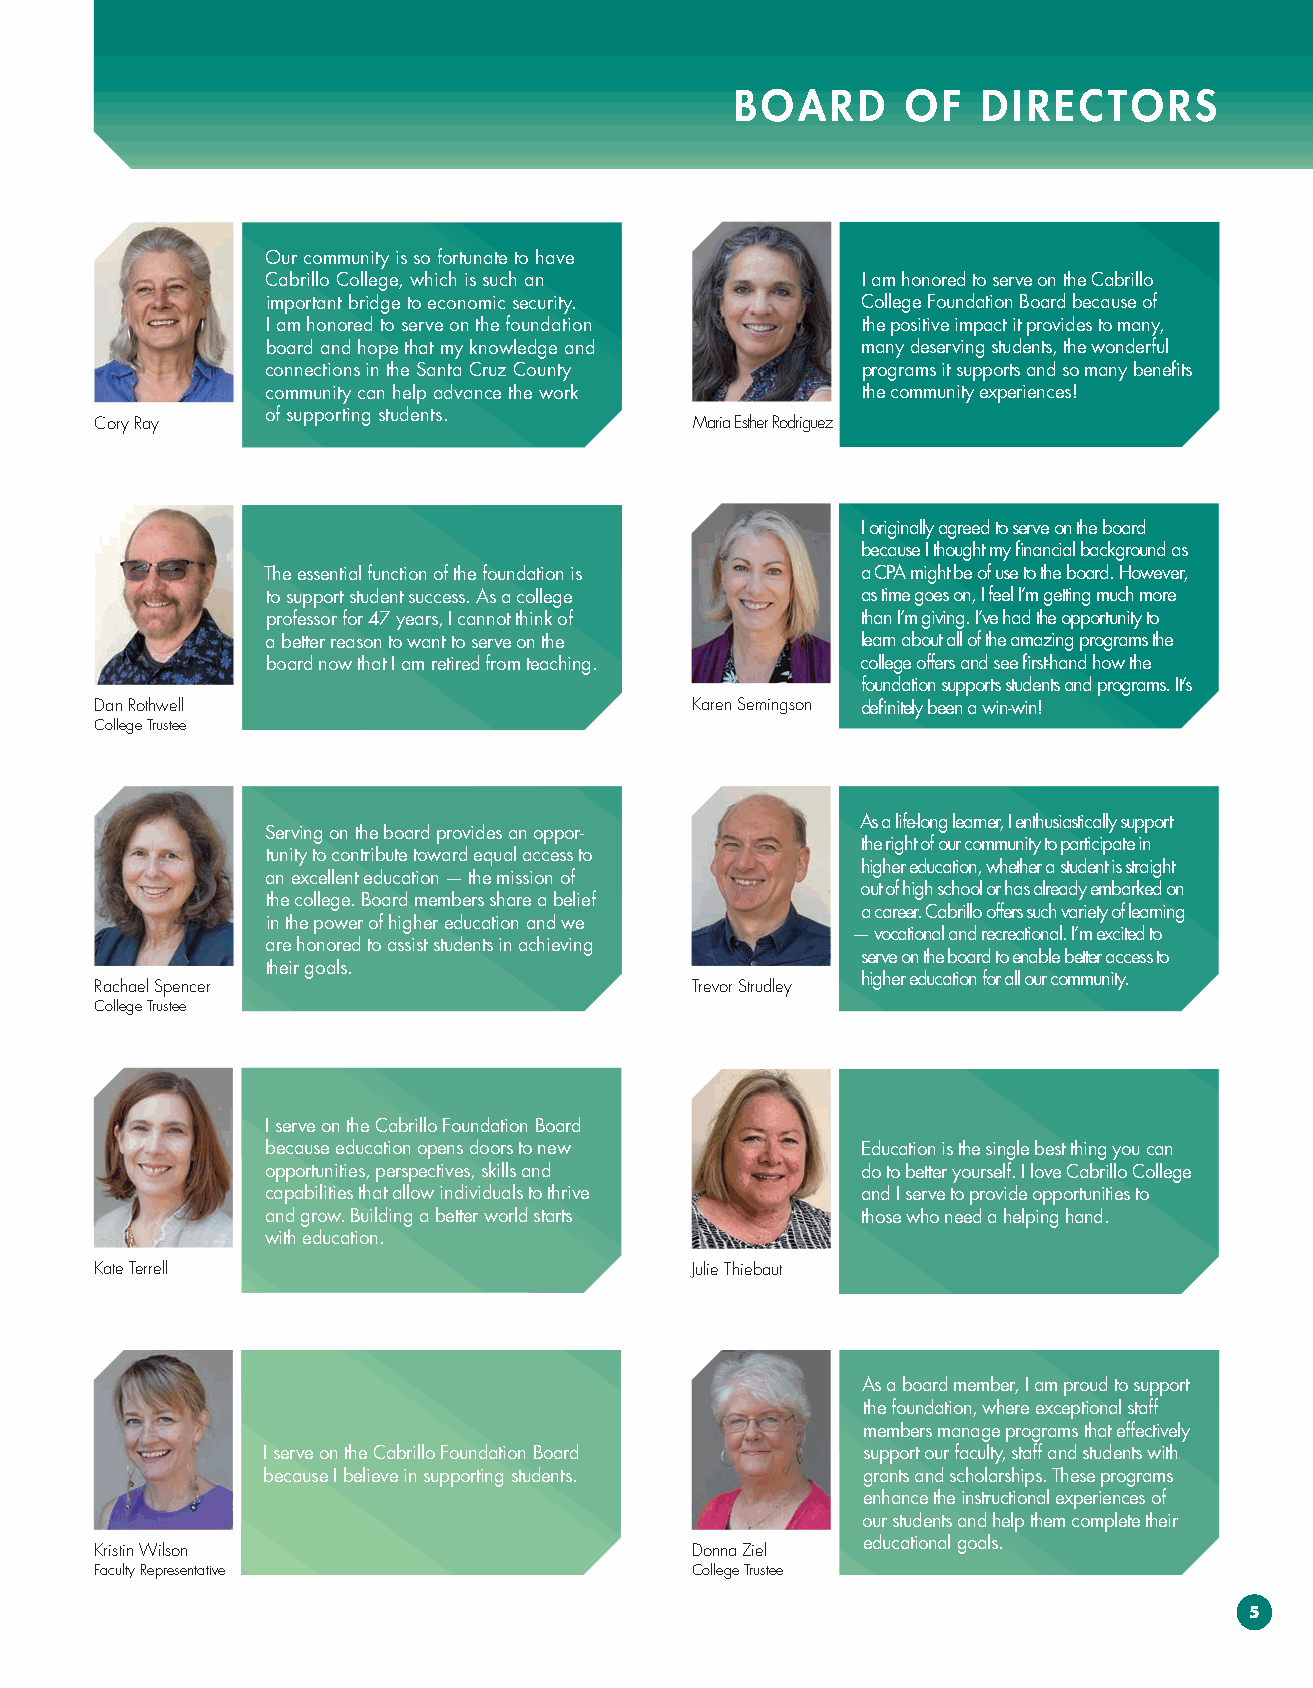
BOARD      OF   DIRECTORS
 Our community is so fortunate to have
 Cabrillo College, which is such an     I am honored to serve on the Cabrillo
 important bridge to economic security. College Foundation Board because of
 I am honored to serve on the foundation the positive impact it provides to many,
 board and hope that my knowledge and   many deserving students, the wonderful
 connections in the Santa Cruz County   programs it supports and so many benefits
 community can help advance the work    the community experiences!
 of supporting students.
 Cory Ray                                Maria Esther Rodriguez
 I originally agreed to serve on the board
 because I thought my financial background as
 The essential function of the foundation is a CPA might be of use to the board. However,
 to support student success. As a college as time goes on, I feel I’m getting much more
 professor for 47 years, I cannot think of than I’m giving. I’ve had the opportunity to
 a better reason to want to serve on the learn about all of the amazing programs the
 board now that I am retired from teaching. college offers and see first-hand how the
 foundation supports students and programs. It’s
 Dan Rothwell                            Karen Semingson definitely been a win-win!
 College Trustee
 As a life-long learner, I enthusiastically support
 Serving on the board provides an oppor-
 the right of our community to participate in
 tunity to contribute toward equal access to
 higher education, whether a student is straight
 an excellent education — the mission of
 out of high school or has already embarked on
 the college. Board members share a belief
 a career. Cabrillo offers such variety of learning
 in the power of higher education and we
 — vocational and recreational. I’m excited to
 are honored to assist students in achieving
 serve on the board to enable better access to
 their goals.
 higher education for all our community.
 Rachael Spencer                         Trevor Strudley
 College Trustee
 I serve on the Cabrillo Foundation Board
 because education opens doors to new   Education is the single best thing you can
 opportunities, perspectives, skills and do to better yourself. I love Cabrillo College
 capabilities that allow individuals to thrive and I serve to provide opportunities to
 and grow. Building a better world starts those who need a helping hand.
 with education.
 Kate Terrell                            Julie Thiebaut
 As a board member, I am proud to support
 the foundation, where exceptional staff
 members manage programs that effectively
 I serve on the Cabrillo Foundation Board support our faculty, staff and students with
 because I believe in supporting students. grants and scholarships. These programs
 enhance the instructional experiences of
 our students and help them complete their
 educational goals.
 Kristin Wilson                          Donna Ziel
 Faculty Representative                  College Trustee
 5